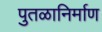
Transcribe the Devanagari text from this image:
पुतळानिर्माण